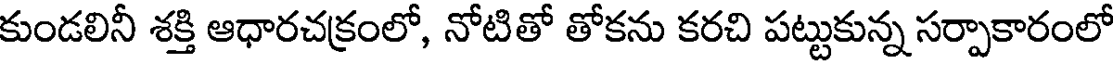
కుండలినీ శక్తి ఆధారచక్రంలో, నోటితో తోకను కరచి పట్టుకున్న సర్పాకారంలో